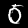
Label: 0